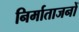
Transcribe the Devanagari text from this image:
निर्माताजनों